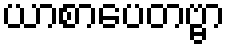
ယာစာပေတဗ္ဗာ